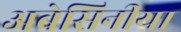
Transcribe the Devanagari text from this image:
अबेसिनीया